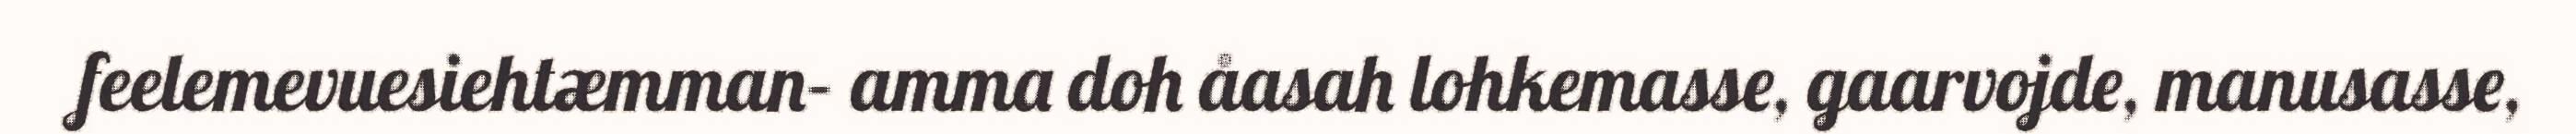
feelemevuesiehtæmman– amma doh åasah lohkemasse, gaarvojde, manusasse,